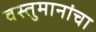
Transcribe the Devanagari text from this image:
वस्तुमानांचा